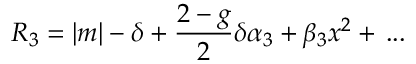
R _ { 3 } = | m | - \delta + { \frac { 2 - g } { 2 } } \delta \alpha _ { 3 } + \beta _ { 3 } x ^ { 2 } + \, . . .